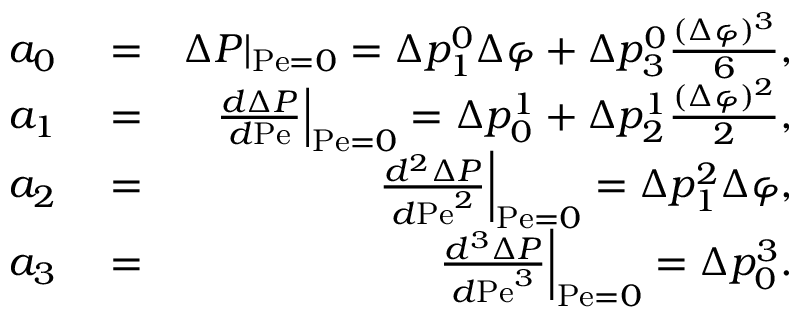
\begin{array} { r l r } { a _ { 0 } } & { { } = } & { \Delta P | _ { \mathrm { P e } = 0 } = \Delta p _ { 1 } ^ { 0 } \Delta \varphi + \Delta p _ { 3 } ^ { 0 } \frac { ( \Delta \varphi ) ^ { 3 } } { 6 } , } \\ { a _ { 1 } } & { { } = } & { \left. \frac { d \Delta P } { d \mathrm { P e } } \right| _ { \mathrm { P e } = 0 } = \Delta p _ { 0 } ^ { 1 } + \Delta p _ { 2 } ^ { 1 } \frac { ( \Delta \varphi ) ^ { 2 } } { 2 } , } \\ { a _ { 2 } } & { { } = } & { \left. \frac { d ^ { 2 } \Delta P } { d \mathrm { P e } ^ { 2 } } \right| _ { \mathrm { P e } = 0 } = \Delta p _ { 1 } ^ { 2 } \Delta \varphi , } \\ { a _ { 3 } } & { { } = } & { \left. \frac { d ^ { 3 } \Delta P } { d \mathrm { P e } ^ { 3 } } \right| _ { \mathrm { P e } = 0 } = \Delta p _ { 0 } ^ { 3 } . } \end{array}